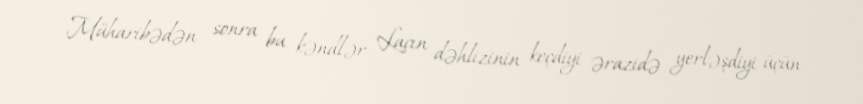
Müharibədən sonra bu kəndlər Laçın dəhlizinin keçdiyi ərazidə yerləşdiyi üçün